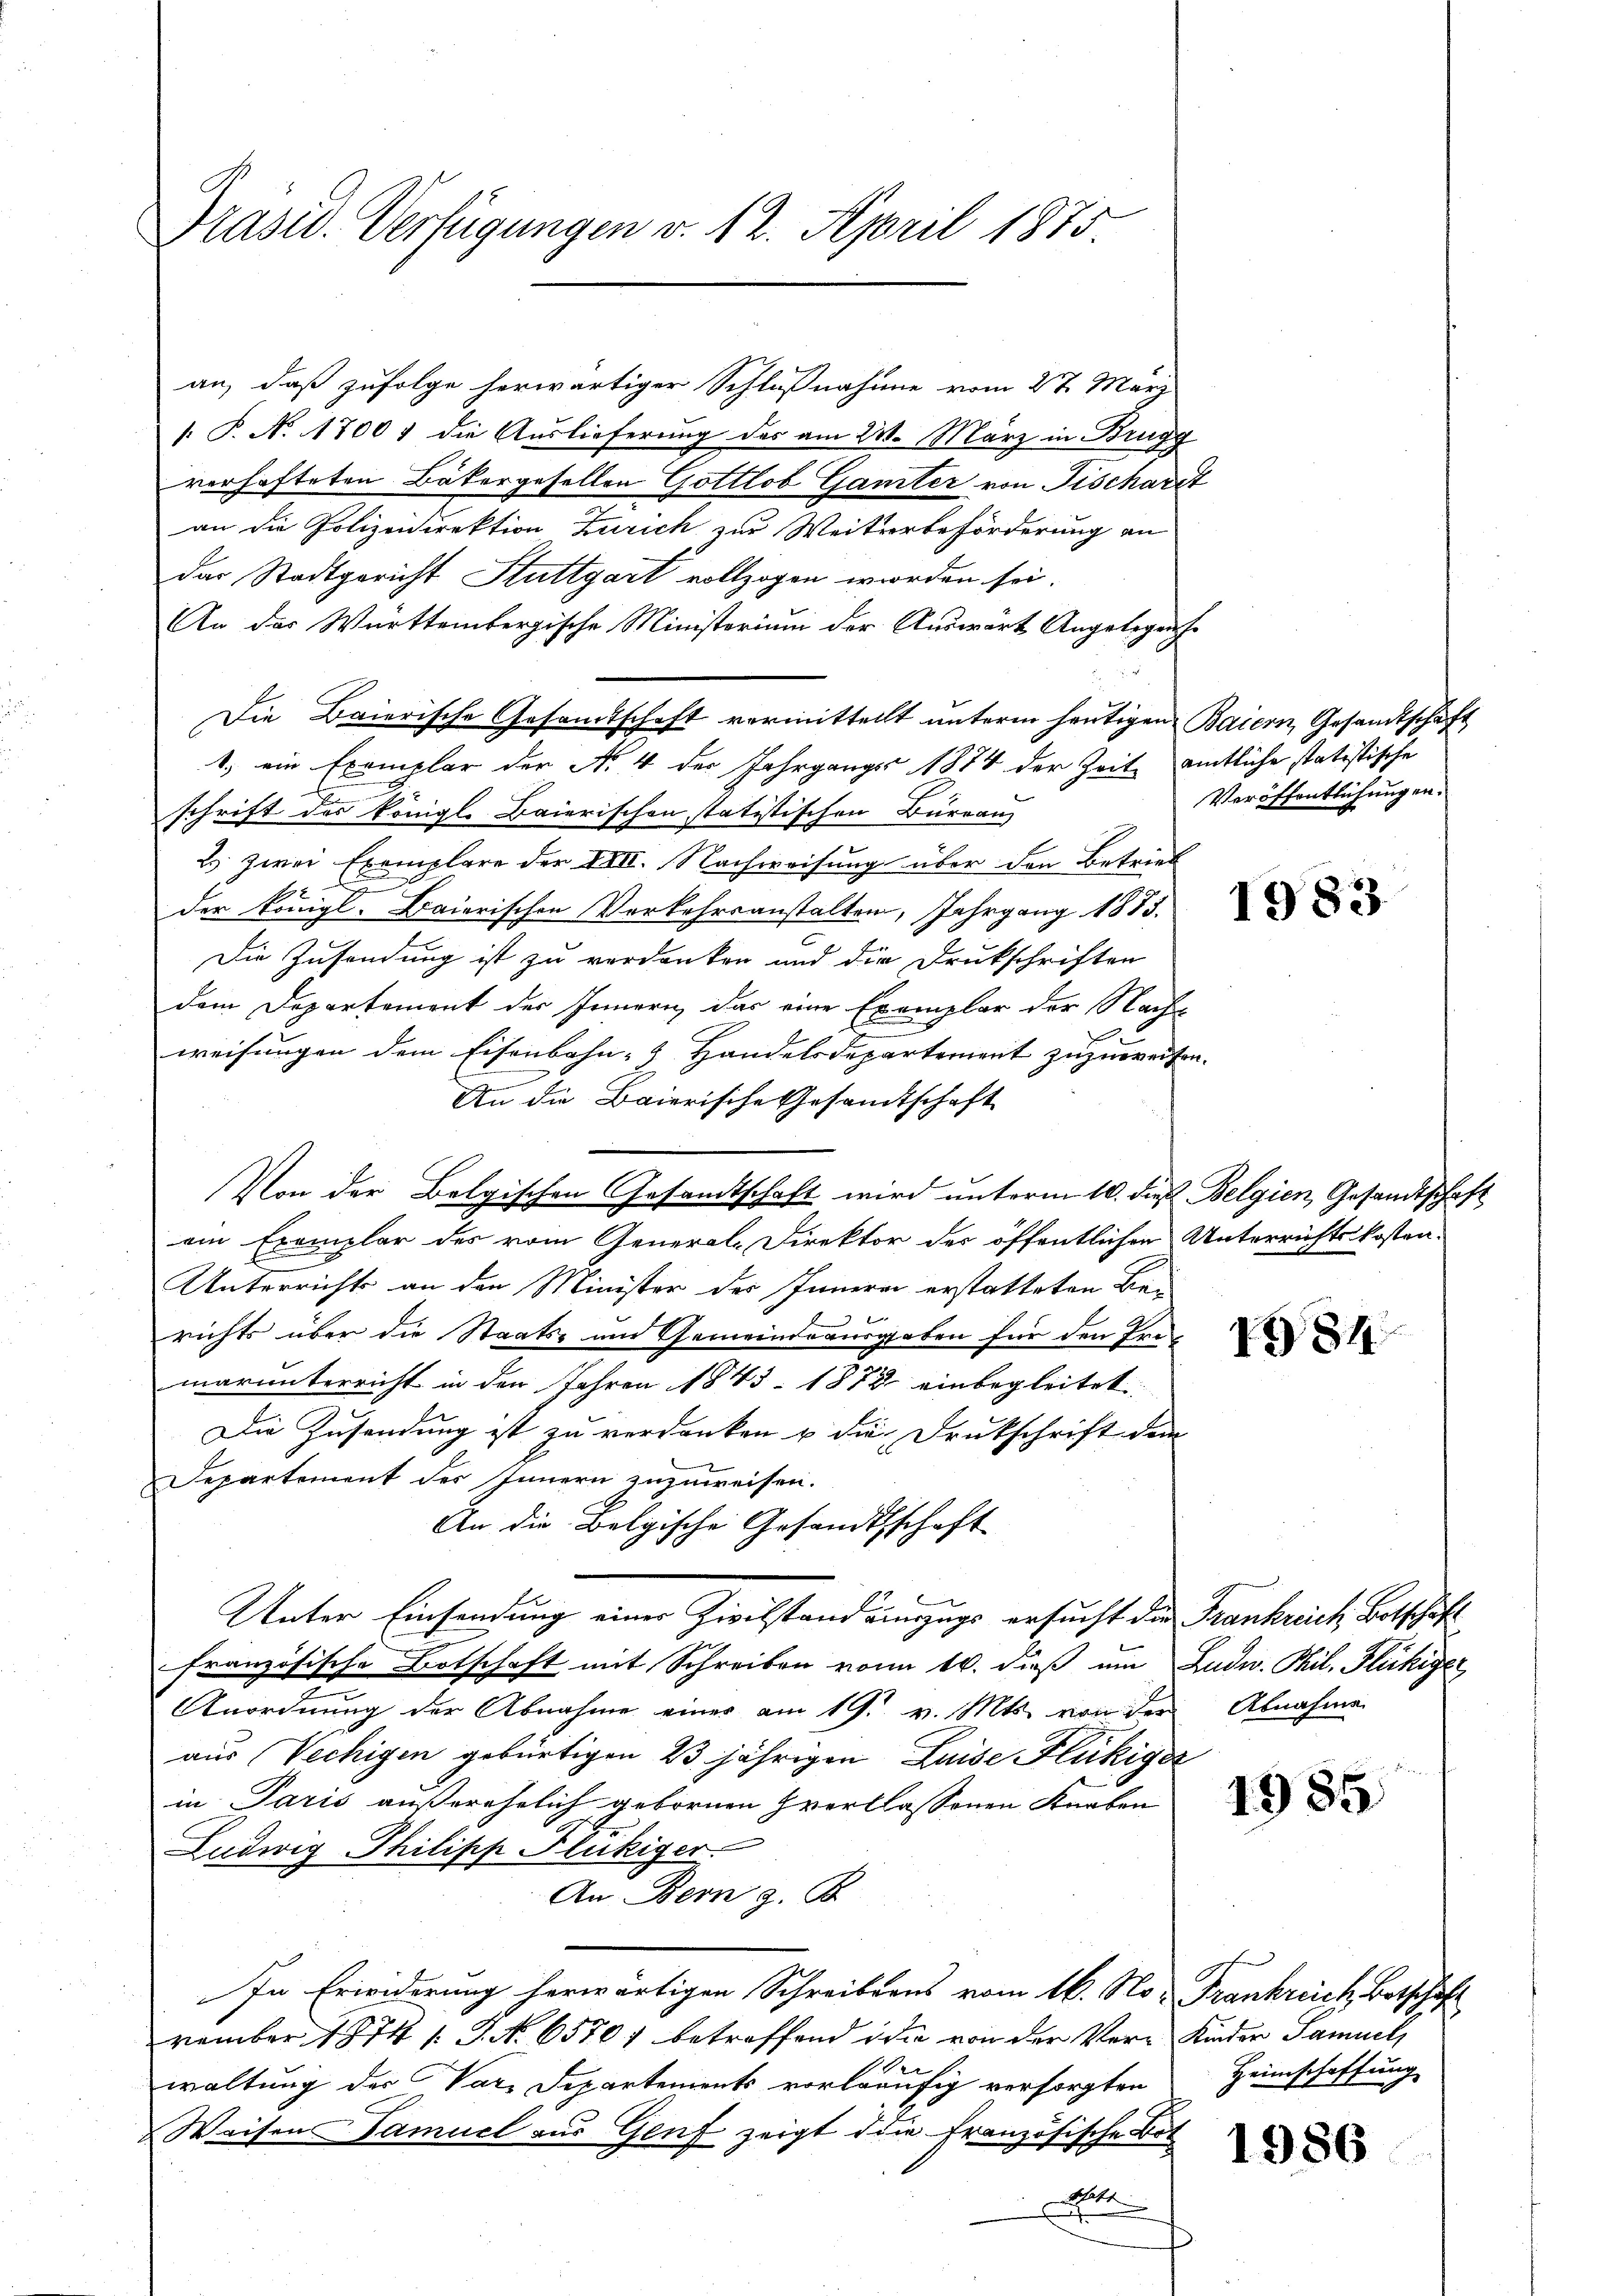
Präsid. Verfügungen v. 12. April 1875.

an, daß zufolge herwärtiger Schlußnahme vom 27. März
. P. N. 1700 f die Auslieferung des am 23. März in Brugg
verhafteten Bäkergesellen Gottlob Gamter von Fischardt
an die Polizeidirektion Zürich zur Weiterbeförderung an
das Stadtgericht Stuttgart vollzogen werden sei.
An der Württembergische Ministerium der Auswärt Angelegenhe
Die Baierische Gesandtschaft vermittellt unterm heutigen Baiern, Gesandtschaft
1, ein Exemplar der N. 4 der Jahrgangs 1874 der Zeit amtliche statistische
schrift des königl. Baierischen statistischen Büreau
2 zwei Exemplare der VIII. Nachweisung über den Betrieb
x
der königl. Baierischen Vorkehrsanstalten, Jahrgang 1885.
Die Zusendung ist zu verdanken und die Drukschriften
dem Departement des Innern das eine Exemplar der Nach-
weisungen dem Eisenbahn- & Handelsdepartement zuzuweisen.
An die Baierische Gesandtschaft
Von der Belgischen Gesamtschaft wird unterm 10. dieß Belgien, Gesandtschaft
ein Exemplar des vom General-Direktor des öffentlichen Unterrichtskosten-
Unterrichts an den Minister des Innern erstatteten Bei
richts über die Staats- und Gemeindeausgaben für den Fra
marunterricht in den Jahren 1845 - 1872 einbegleitet
Die Zusendung ist zu verdanken u die Drukschrift dem
Departement des Innern zuzuweisen.
An die Belgische Gesandtschaft
Unter Einsendung einer Zivilstand einzugs ersucht die Frankreich Botschäft
französische Botschaft mit Schreiben von 10. dieß um Ludw. Phil. Flüchiger
Anordnung der Abnahme einer am 19. v. Mts. von der Abnahme
aus (Vechigen gebürtigen 23jährigen Luise Flukiger
in Paris außerehelich gebornen Zverklassenen Knaben
Ludwig Philipp Flückiger.
An Bern z. B.
In Erwiderung herwärtigen Schreibens vom 16. No. Frankreich, Botschaft
vember 1874 1. J. N. 65707 betreffend die von der Ver-Kinder Samuel
waltung der Vare Departements vorläufig versorgten Heimschaffung
Weisen Samuel aus Genf zeigt die Französische Bot
e

Veröffentlichungen.

1983

1384

1985

s